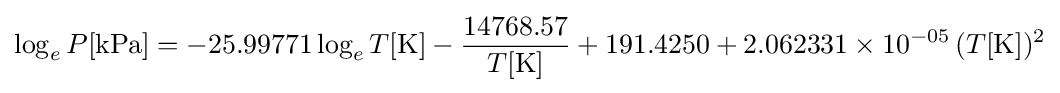
\log _{e}P[{\text{kPa}}]=-25.99771\log _{e}T[{\text{K}}]-{\frac {14768.57}{T[{\text{K}}]}}+191.4250+2.062331\times 10^{-05}\,(T[{\text{K}}])^{2}